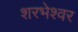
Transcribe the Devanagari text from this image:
शरभेश्वर